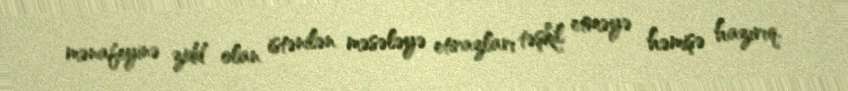
mənafeyinə zidd olan istənilən məsələyə etirazları təşkil etməyə həmişə hazırıq.